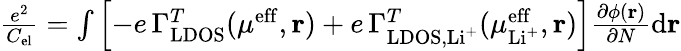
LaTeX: \begin{array}{r}{\frac{e^{2}}{C_{\mathrm{el}}}=\int\left[-e\, \Gamma_{\mathrm{LDOS}}^{T}(\mu^{\mathrm{eff}},\mathbf{r})+e\, \Gamma_{\mathrm{LDOS},\mathrm{Li^{+}}}^{T}(\mu_{\mathrm{Li^{+}}}^{\mathrm{eff}},\mathbf{r})\right]\frac{\partial\phi(\mathbf{r})}{\partial N}\mathrm{d}\mathbf{r}}\end{array}